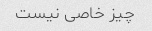
چیز خاصی نیست